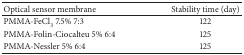
<table><thead><tr><td><b>Optical sensor membrane</b></td><td><b>Stability time (day)</b></td></tr></thead><tbody><tr><td>PMMA-FeCl<sub>3</sub> 7.5% 7:3</td><td>122</td></tr><tr><td>PMMA-Folin-Ciocalteu 5% 6:4</td><td>125</td></tr><tr><td>PMMA-Nessler 5% 6:4</td><td>125</td></tr></tbody></table>